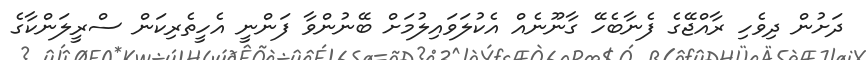
ދަށުން ދިވެހި ރާއްޖޭގެ ފެނާބެހޭ ގާނޫނެއް އެކުލަވައިލުމަށް ބޭނުންވާ ފަންނީ އެހީތެރިކަން ސްރީލަންކާގެ